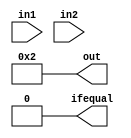
module diff(
     in1,
     in2,
     out,
     ifequal
);

input [31:0] in1;
input [31:0] in2;
output reg[31:0] out;
output reg ifequal;
wire [31:0] xorr;

assign xorr = in1^in2;

always @(*)
      begin
        /*ifequal <= 1'b1;
       for(integer i=0;i<=31;i=i+1)
        begin
        if(xorr[i]== 1'b1) begin
            ifequal <= 1'b0;
            out <= i;
            return;
        end

        end*/
		  ifequal<=1'b0;
		  out<=32'd2;
      end  
endmodule